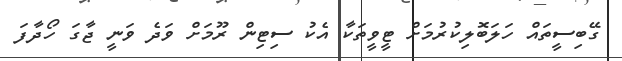
ގޭބިސީތައް ހަލަބޮލިކުރުމަށް ޓީވީތަކާ އެކު ސިޓިން ރޫމަށް ވަދެ ވަނީ ޖާގަ ހޯދާފަ